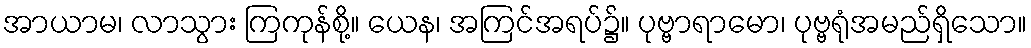
အာယာမ၊ လာသွား ကြကုန်စို့။ ယေန၊ အကြင်အရပ်၌။ ပုဗ္ဗာရာမော၊ ပုဗ္ဗရုံအမည်ရှိသော။